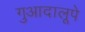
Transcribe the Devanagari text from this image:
गुआदालूपे